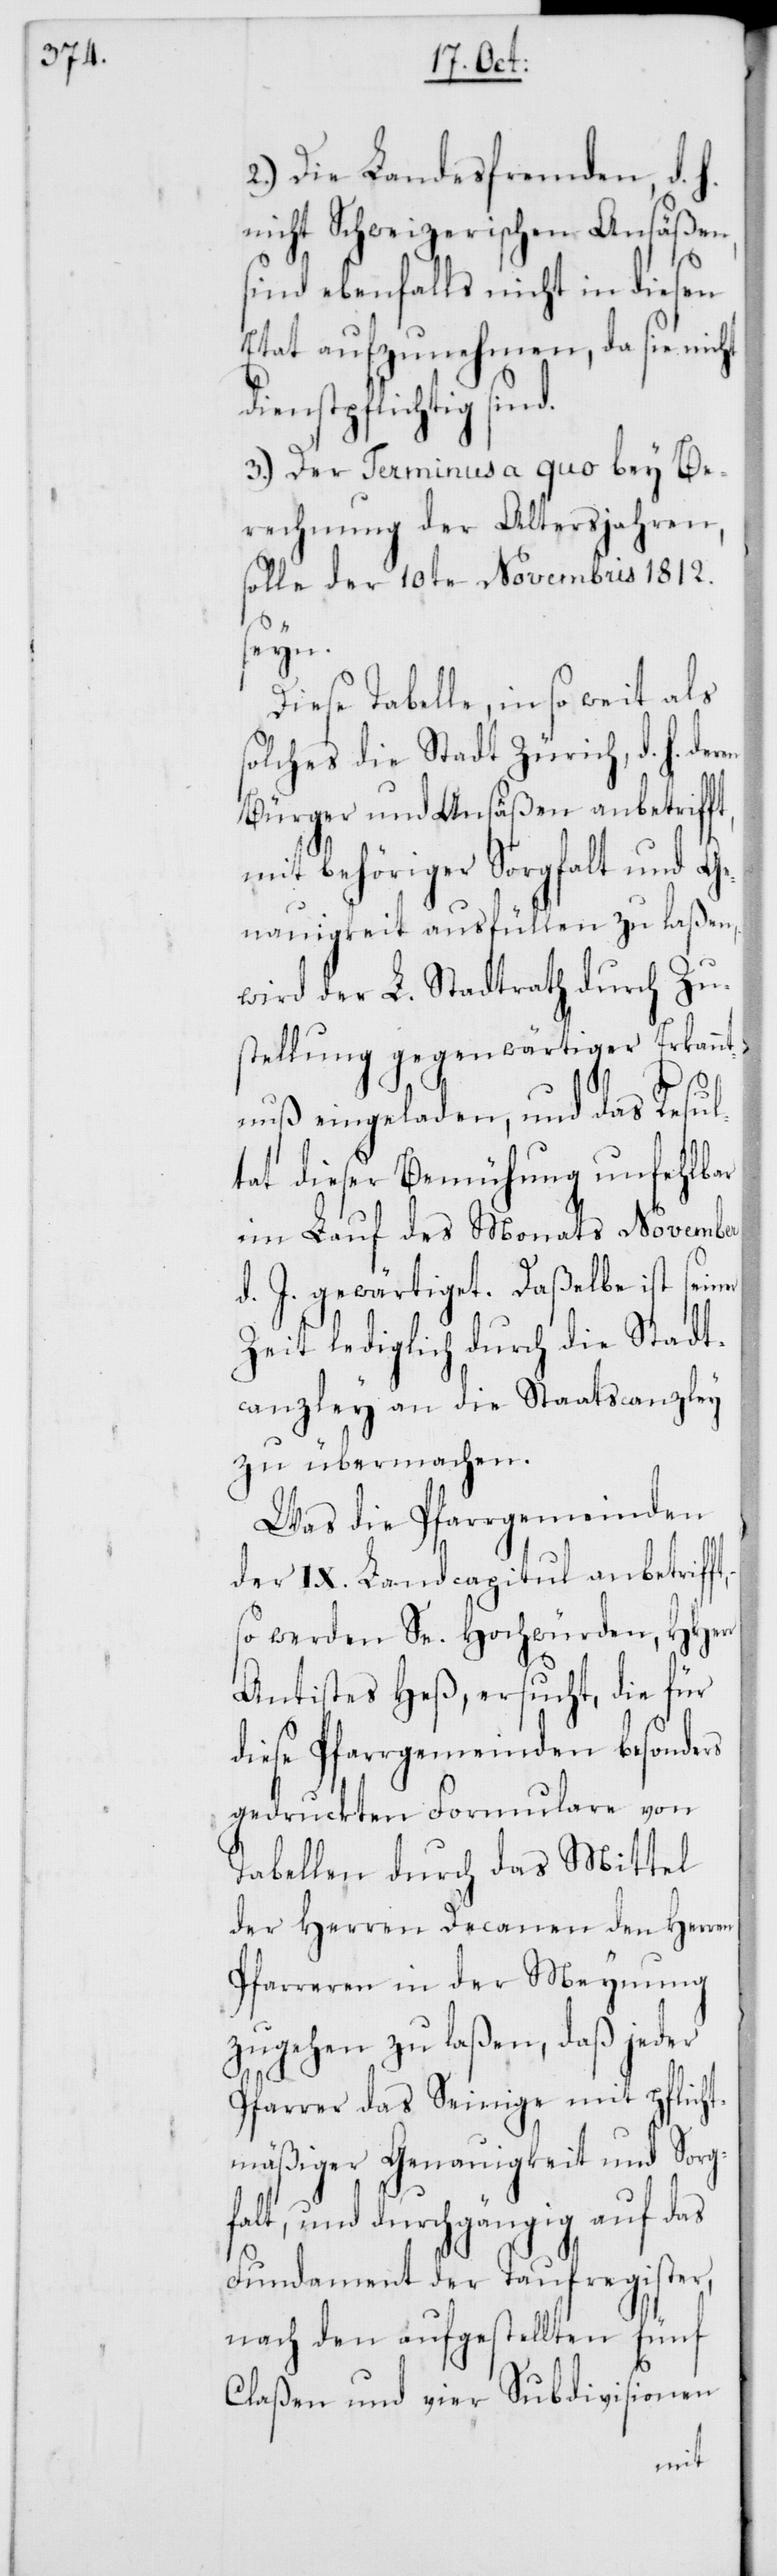
2.) Die Landesfremden, d. h.
nicht Schweizerischen Ansäßen,
sind ebenfalls nicht in diesen
Etat aufzunehmen, da sie nicht
dienstpflichtig
3.) Der Terminus a quo bey Be¬
rechnung der Altersjahren,
solle der 10te Novembris 1812.
er
Diese Tabelle, in so weit als
solches die Stadt Zürich, d. h. d¬
Bürger und Ansäßen anbetrifft,
mit behöriger Sorgfalt und Ge¬
nauigkeit ausfüllen zu laßen,
wird der L. Stadtrath durch Zu¬
stellung gegenwärtiger Erkannt¬
nuß eingeladen, und das Resul¬
tat dieser Bemühung unfehlbar
im Lauf des Monats November
d. J. gewärtiget. Daßelbe ist sein¬
Zeit lediglich durch die Stadt¬
canzley an die Staatscanzley
zu übermachen.
Was die Pfarrgemeinden
des IX. Landcapitul anbetrifft,
so werden Se. Hochwürden, HHerr
Antistes Heß, ersucht, die für
diese Pfarrgemeinden besonders
gedruckten Formulare von
Tabellen durch das Mittel
der Herren Decanen den Herren
Pfarreren in der Meynung
zugehen zu laßen, daß jeder
Pfarrer das Seinige mit pflicht¬
mäßiger Genauigkeit und Sorgf¬
alt, und durchgängig auf das
Fundament der Taufregister,
nach den aufgestellten fünf
Claßen und vier Subdivisionen